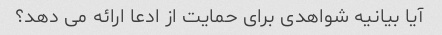
آیا بیانیه شواهدی برای حمایت از ادعا ارائه می دهد؟